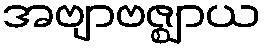
အဗျာဗဇ္ဈာယ